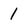
Character: 1